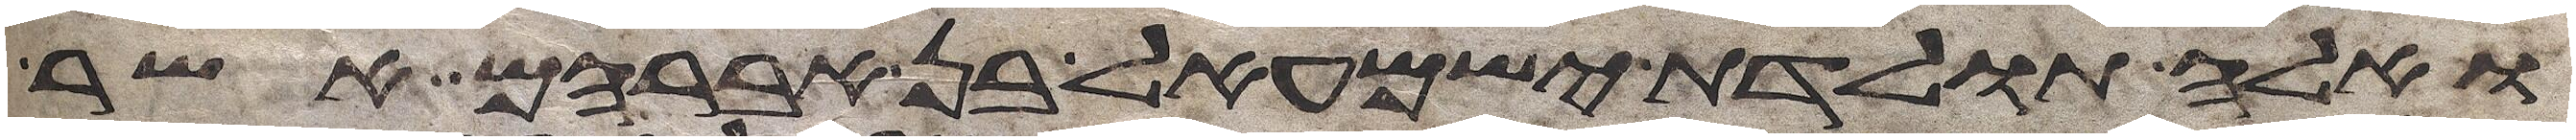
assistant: ואלה תולדת ישמעאל בן אברהם אשר